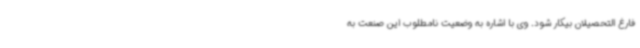
فارغ التحصیلان بیکار شود. وی با اشاره به وضعیت نامطلوب این صنعت به